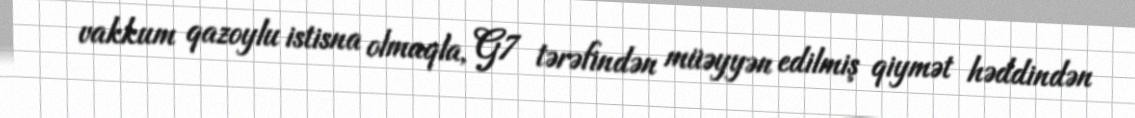
vakkum qazoylu istisna olmaqla, G7 tərəfindən müəyyən edilmiş qiymət həddindən